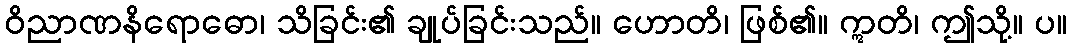
ဝိညာဏနိရောဓော၊ သိခြင်း၏ ချုပ်ခြင်းသည်။ ဟောတိ၊ ဖြစ်၏။ ဣတိ၊ ဤသို့။ ပ။